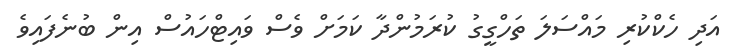
އަދި ހެކްކުރި މައްސަލަ ތަހްގީގު ކުރަމުންދާ ކަމަށް ވެސް ވައިޓްހައުސް އިން ބުނެފައިވެ